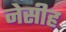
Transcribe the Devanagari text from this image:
नेसीह